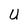
Character: U